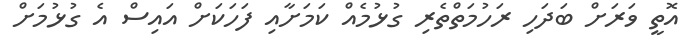
އޮތީ ވަރަށް ބަދަހި ރަހުމަތްތެރި ގުޅުމެއް ކަމަށާއި ފަހަކަށް އައިސް އެ ގުޅުމަށް